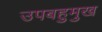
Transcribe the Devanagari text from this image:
उपबहुमुख